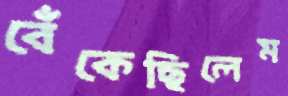
বেঁকেছিলেম